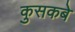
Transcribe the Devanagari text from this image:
कुसकबे